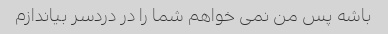
باشه پس من نمی خواهم شما را در دردسر بیاندازم